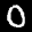
Label: 0